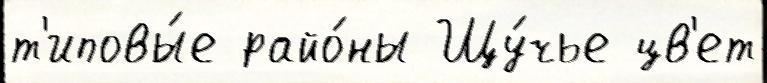
т'иповы́е райо́ны Щу́чье цв'ет